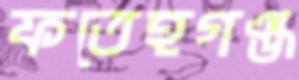
ফতেহগঞ্জ